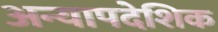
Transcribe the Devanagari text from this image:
अन्यापदेशिक